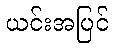
ယင်းအပြင်